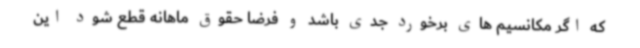
که اگر مکانسیم های برخورد جدی باشد و فرضا حقوق ماهانه قطع شود این